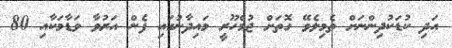
އަދި ކުޑަކުދިންނަށް ތެމިލެވޭ ގޮތަށް ޖުމްހޫރީ މައިދާނުގައި ފެން އަރުވާ ވަޑާމަކާއި 80